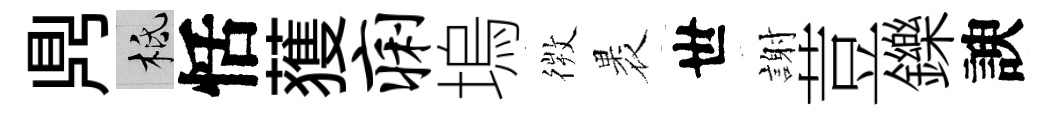
𪔂柢恬𫉬痢塢𢕄褁世謝荳鑠諛